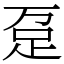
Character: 趸